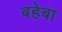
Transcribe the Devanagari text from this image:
बहेबा